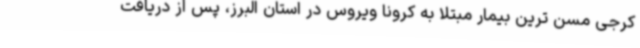
کرجی مسن ترین بیمار مبتلا به کرونا ویروس در استان البرز، پس از دریافت